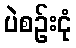
ပဲစဉ်းငုံ